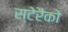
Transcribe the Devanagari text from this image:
स्टेरैंको